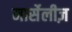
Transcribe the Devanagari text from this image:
मार्सेलीज़